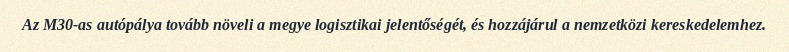
Az M30-as autópálya tovább növeli a megye logisztikai jelentőségét, és hozzájárul a nemzetközi kereskedelemhez.